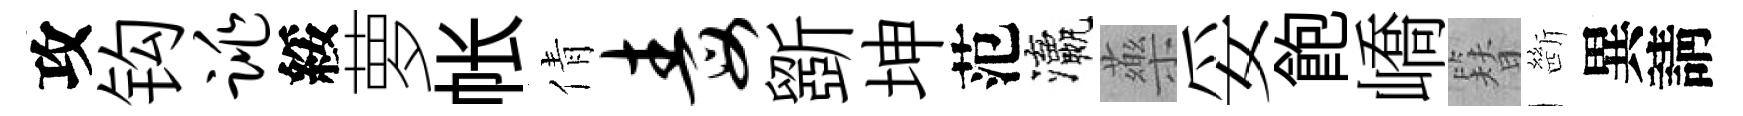
攻钩跳綏萝帐倩毒斵坤范瀛藥妥飽嶠簪㫁異請